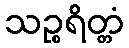
သဉ္စရိတ္တံ